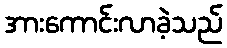
အားကောင်းလာခဲ့သည်